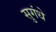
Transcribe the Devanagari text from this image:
सुगंधे